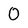
Character: O